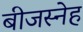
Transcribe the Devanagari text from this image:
बीजस्नेह